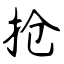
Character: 抢